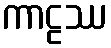
ကာဠဿ